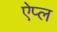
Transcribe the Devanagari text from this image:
ऐप्ल